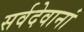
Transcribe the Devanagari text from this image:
सर्वदेवानां